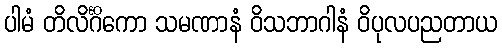
ပါမံ တိလိင်္ဂိကော သမဏာနံ ဝိသဘာဂါနံ ဝိပုလပညတာယ